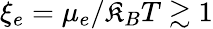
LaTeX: \xi_{e}=\mu_{e}/\mathfrak{K}_{B}T\gtrsim1